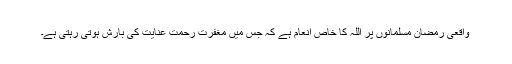
واقعی رمضان مسلمانوں پر اللہ کا خاص انعام ہے کہ جس میں مغفرت رحمت عنایت کی بارش ہوتی رہتی ہے۔